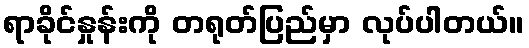
ရာခိုင်နှုန်းကို တရုတ်ပြည်မှာ လုပ်ပါတယ်။